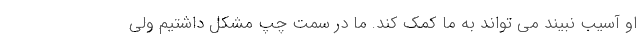
او آسیب نبیند می تواند به ما کمک کند. ما در سمت چپ مشکل داشتیم ولی